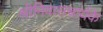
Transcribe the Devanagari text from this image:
श्रीनिवासचार्यके